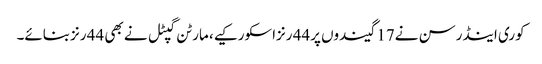
کوری اینڈرسن نے17 گیندوں پر44 رنزاسکورکیے، مارٹن گپٹل نے بھی 44 رنزبنائے۔